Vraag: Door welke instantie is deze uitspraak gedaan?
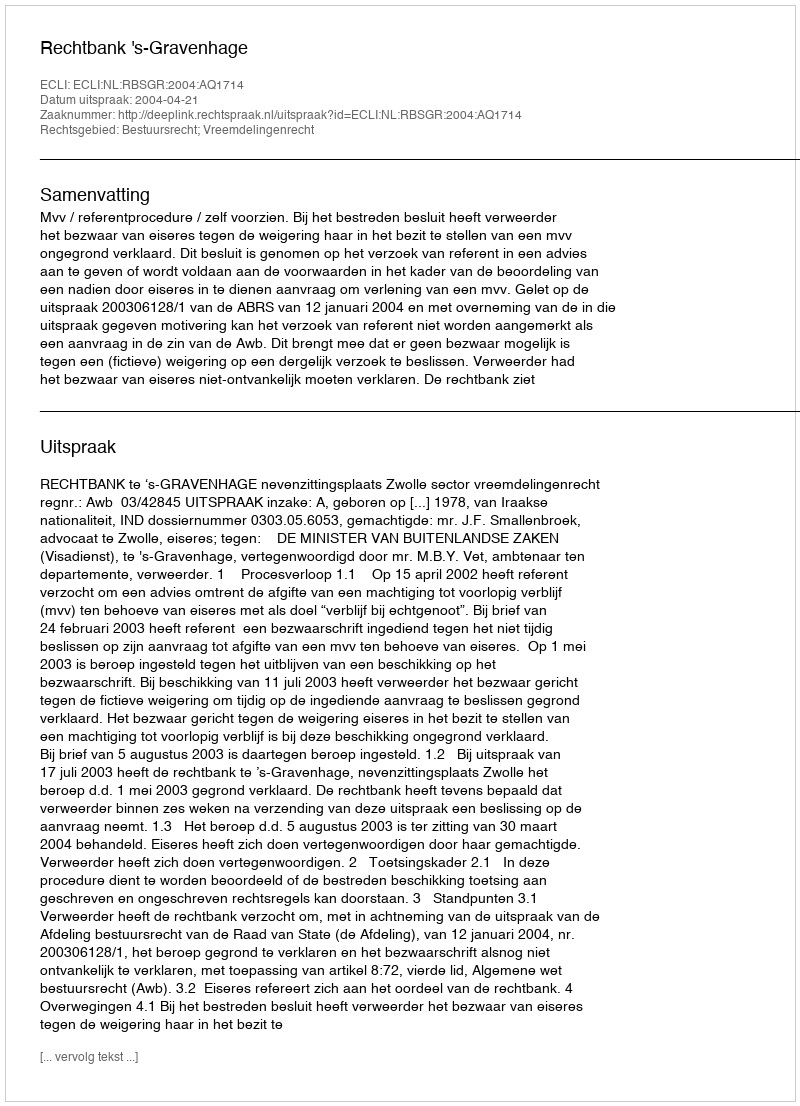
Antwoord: Rechtbank 's-Gravenhage